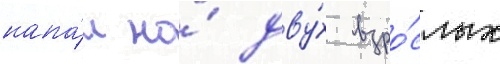
напа́л на́ дву́х взро́слых